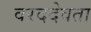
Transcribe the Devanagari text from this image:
वरददेवता